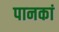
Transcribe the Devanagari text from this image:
पानकां